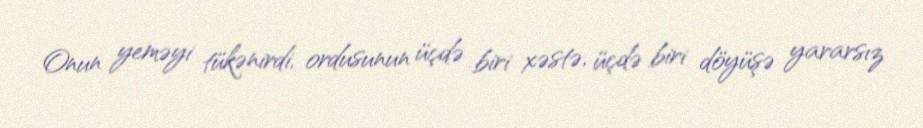
Onun yeməyi tükənirdi, ordusunun üçdə biri xəstə, üçdə biri döyüşə yararsız